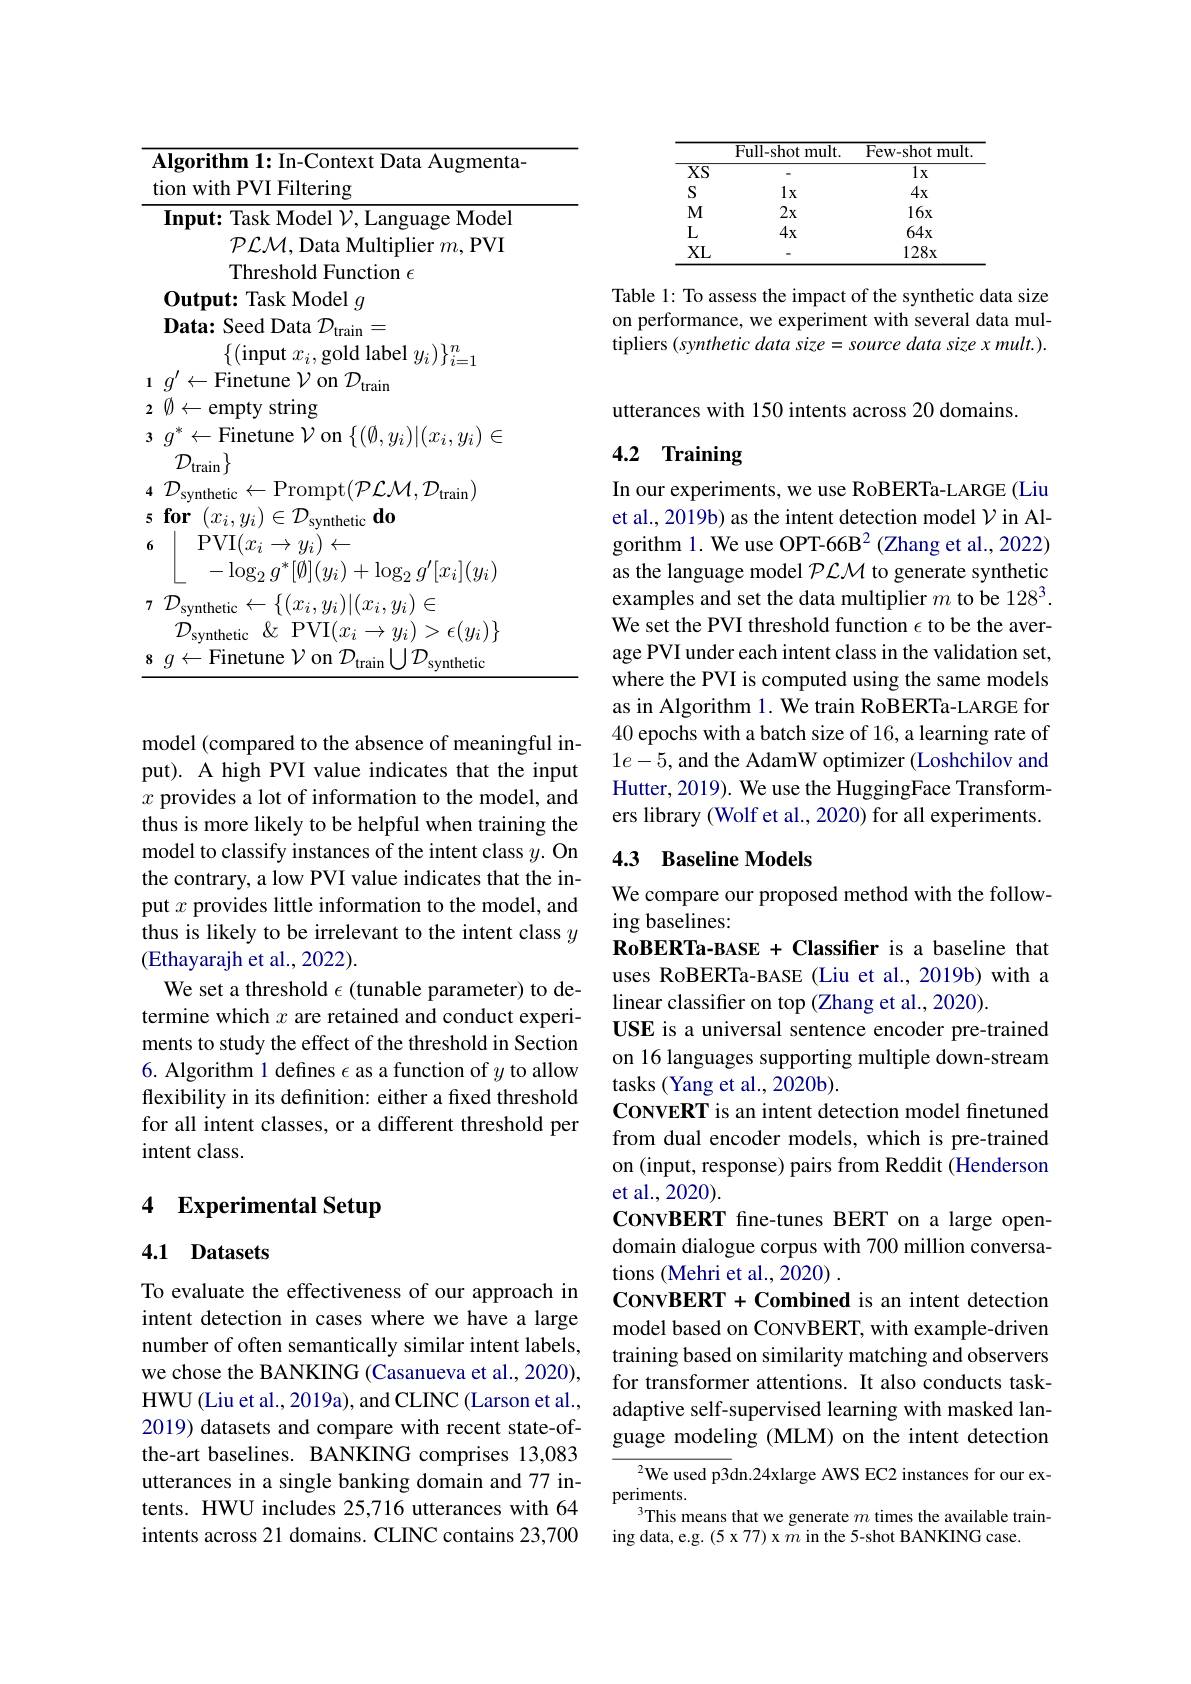
<table>
	<tbody>
		<tr>
			<th> </th>
			<th>Full-shot mult.</th>
			<th>Few-shot mult</th>
		</tr>
		<tr>
			<td>$\overline{XS}$</td>
			<td> </td>
			<td>$1x$</td>
		</tr>
		<tr>
			<td>$S$</td>
			<td>$1x$</td>
			<td>$4x$</td>
		</tr>
		<tr>
			<td>$M$</td>
			<td>$2x$</td>
			<td>$16x$</td>
		</tr>
		<tr>
			<td>$L$</td>
			<td>$4x$</td>
			<td>$64x$</td>
		</tr>
		<tr>
			<td>XL</td>
			<td> </td>
			<td>$128x$</td>
		</tr>
	</tbody>
</table>

Table 1: To assess the impact of the synthetic data size on performance, we experiment with several data multipliers $(synthetic$ data size = source data size x mult. ).

<table>
	<tbody>
		<tr>
			<td> </td>
			<td>$\textbf{lgorithm 1: In- Context Data Augmenta- }$ on with PVI Filtering</td>
		</tr>
		<tr>
			<td> </td>
			<td>Input: Task Model $\mathcal{V}$,Language Model $\mathcal{PLM}$,Data Multiplier $m$,PVI Threshold Function $\epsilon$</td>
		</tr>
		<tr>
			<td>4 5</td>
			<td>$\mathcal{D}_{\mathrm{train}}\}$ $\mathcal{P}_{\mathrm{synthetic}}\leftarrow$Prompt$( \mathcal{P} \mathcal{L} \mathcal{M} , \mathcal{D} _{\mathrm{train}})$ $^{\prime\prime}I$</td>
		</tr>
		<tr>
			<td>5 6</td>
			<td>[0] $(x_{i},y_{i})$ $^{\prime}$synthetic 1 $\operatorname{PVI}(x_{i}\to y_{i})\leftarrow$ ${^{\prime}[r_{:}]}(\eta_{:})$ ${\mathrm{Th}}/$</td>
		</tr>
		<tr>
			<td>7</td>
			<td>$\psi]\backslash\vartheta$ svnthetic $\leftarrow\{(x_{i},y_{i})|(x_{i},y_{i})\in$</td>
		</tr>
		<tr>
			<td>8</td>
			<td>$\leftarrow$Finetune $\mathcal{V}$ on $\mathcal{D}$ 117 mthetic</td>
		</tr>
	</tbody>
</table>

model (compared to the absence of meaningful input). A high PVI value indicates that the input $x$ provides a lot of information to the model, and thus is more likely to be helpful when training the model to classify instances of the intent class $y.$ On the contrary, a low PVI value indicates that the input $x$ provides little information to the model, and thus is likely to be irrelevant to the intent class $y$ (Ethayarajh et al., 2022).
We set a threshold $\epsilon$ (tunable parameter) to determine which $x$ are retained and conduct experiments to study the effect of the threshold in Section 6. Algorithm 1 defines $\epsilon$ as a function of $y$ to allow flexibility in its definition: either a fixed threshold for all intent classes, or a different threshold per intent class.

# 4 Experimental Setup

### 4.1 Datasets

To evaluate the effectiveness of our approach in intent detection in cases where we have a large number of often semantically similar intent labels, we chose the BANKING (Casanueva et al., 2020), HWU (Liu et al., 2019a), and CLINC (Larson et al., 2019) datasets and compare with recent state-ofthe-art baselines. BANKING comprises 13,083 utterances in a single banking domain and 77 intents. HWU includes 25,716 utterances with 64 intents across 21 domains. CLINC contains 23,700

utterances with 150 intents across 20 domains.

## 4.2 Training

In our experiments, we use RoBERTa-LARGE (Liu et al., 2019b) as the intent detection model $\mathcal{V}$ in Algorithm 1. We use OPT-66B$^{2}$ (Zhang et al., 2022) as the language model $\mathcal{PLM}$ to generate synthetic examples and set the data multiplier $m$ to be 1283. We set the PVI threshold function $\epsilon$ to be the average PVI under each intent class in the validation set, where the PVI is computed using the same models as in Algorithm 1. We train RoBERTa-LARGE for 40 epochs with a batch size of 16, a learning rate of $1e-5$,and the AdamW optimizer (Loshchilov and Hutter, 2019). We use the HuggingFace Transformers library (Wolf et al., 2020) for all experiments.

## 4.3 Baseline Models

We compare our proposed method with the follow-
ing baselines:
RoBERTa-BASE + Classifier is a baseline that uses RoBERTa-BASE (Liu et al.,2019b) with a linear classifier on top (Zhang et al., 2020).
USE is a universal sentence encoder pre-trained on 16 languages supporting multiple down-stream tasks (Yang et al., 2020b).
CONVERT is an intent detection model finetuned from dual encoder models, which is pre-trained on (input, response) pairs from Reddit (Henderson et al.,2020)
CONVBERT fine-tunes BERT on a large opendomain dialogue corpus with 700 million conversations (Mehri et al., 2020) .
CONVBERT+Combined is an intent detection model based on CONVBERT, with example-driven training based on similarity matching and observers for transformer attentions. It also conducts taskadaptive self-supervised learning with masked language modeling (MLM) on the intent detection
$^{2}$We used p3dn.24xlarge AWS EC2 instances for our ex-

periments.

3This means that we generate $m$ times the available train-
ing data, e.g. (5 x 77) x $\bar{m}$ in the 5-shot BANKING case.